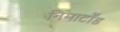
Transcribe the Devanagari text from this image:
निमाटाँड